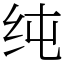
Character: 纯